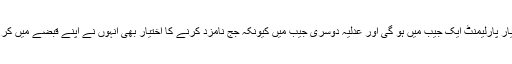
بے اختیار پارلیمنٹ ایک جیب میں ہو گی اور عدلیہ دوسری جیب میں کیونکہ جج نامزد کرنے کا اختیار بھی انہوں نے اپنے قبضے میں کر لیا ہے۔